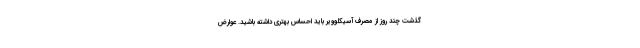
گذشت چند روز از مصرف آسیکلوویر باید احساس بهتری داشته باشید. عوارض